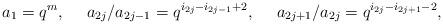
LaTeX: \begin{gather*} a_{1} = q^m,\ \ \ \ {a_{2j}}/{a_{2j-1}} =q^{i_{2j}-i_{2j-1}+2}, \ \ \ \ {a_{2j+1}}/{a_{2j}} =q^{i_{2j}-i_{2j+1}-2},\end{gather*}